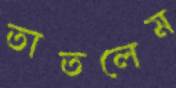
তাতলেম